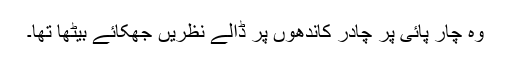
وہ چار پائی پر چادر کاندھوں پر ڈالے نظریں جھکائے بیٹھا تھا۔